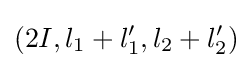
(2I,l_{1}+l_{1}',l_{2}+l_{2}')